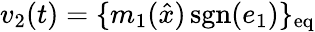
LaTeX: v_{2}(t)=\{ m_{1}({\hat{x}})\operatorname{sgn}(e_{1})\} _{\mathrm{eq}}